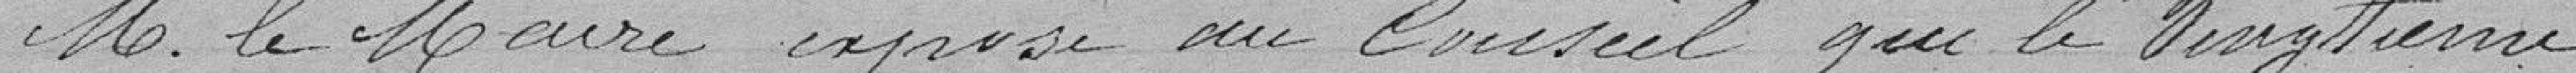
M. le Maire expose au Conseil que le vingtième